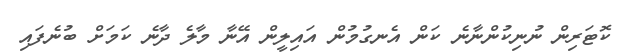
ކޮޓަރިން ނުނިކުންނާނެ ކަން އެނގުމުން އައިލީން އޭނާ މާލެ ދާނެ ކަމަށް ބުނެފައި